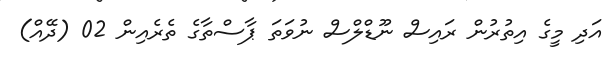
އަދި މީގެ އިތުރުން ރައިސް ނޫޑްލްސް ނުވަތަ ޕާސްތާގެ ތެރެއިން 02 (ދޭއް)